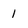
Character: 1